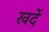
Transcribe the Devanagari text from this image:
खर्दे